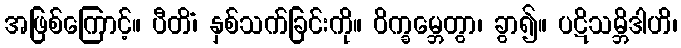
အဖြစ်ကြောင့်။ ပီတိံ၊ နှစ်သက်ခြင်းကို။ ဝိက္ခမ္ဘေတွာ၊ ခွာ၍။ ပဋိသမ္ဘိဒါဟိ၊